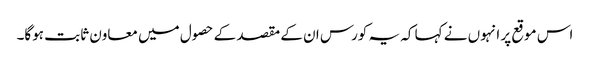
اس موقع پر انہوں نے کہا کہ یہ کورس ان کے مقصد کے حصول میں معاون ثابت ہوگا۔